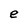
Character: e